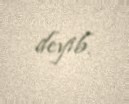
deyib.